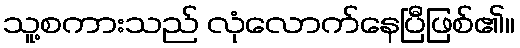
သူ့စကားသည် လုံလောက်နေပြီဖြစ်၏။